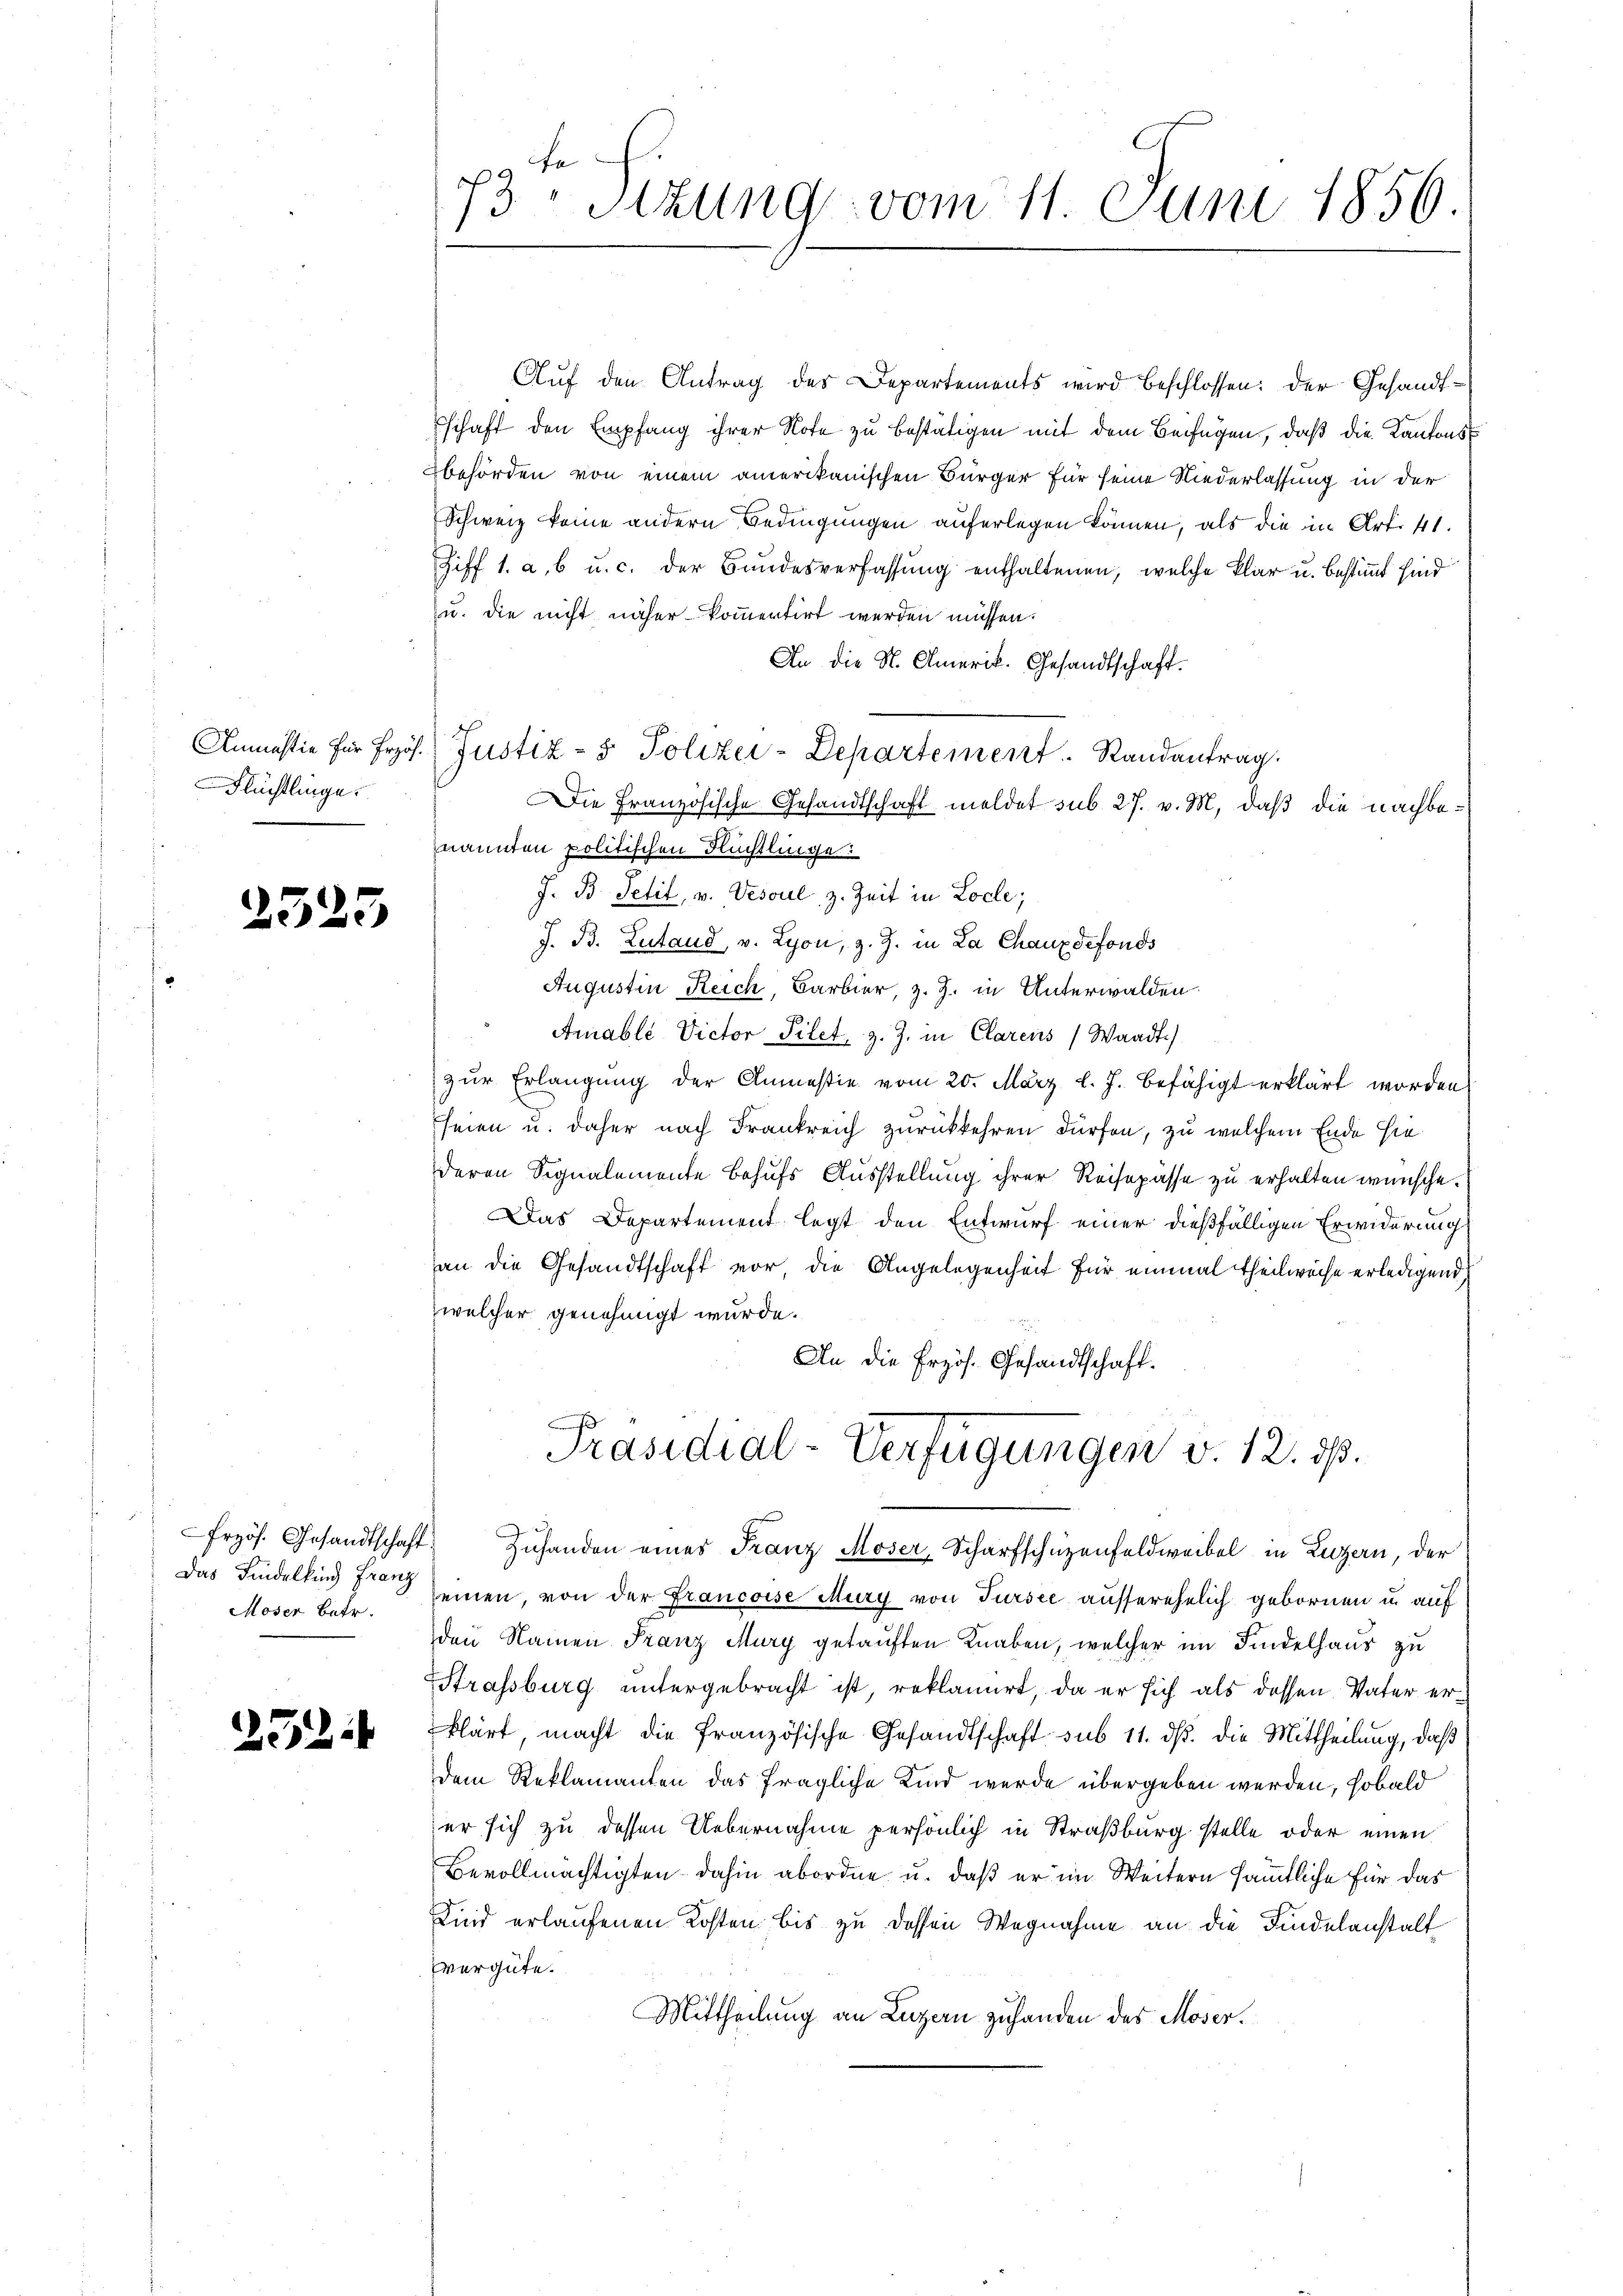
Flüchtlinge.

2525

Das Findelkind Franz
Moser Betr.

252

N 2
3 Stzung vom 11. Juni 1856.

Auf den Antrag des Departements wird beschlossen: der Gesandtschaft den Empfang ihrer Note zu bestätigen mit dem Beifügen, daß die Kantonsbehörden von einem amerikanischen Bürger für seine Niederlassung in der
Schweiz keine andern Bedingungen auferlegen können, als die in Art. 41.
Giff 1. a, b u. c. der Bundesverfassung enthaltenen, welche klar u. bestimmt sind
u. die nicht näher kommentirt werden müssen.
An die N. Amerik. Gesandtschaft.
Die Französische Gesandtschaft meldet sub 27. v. M. daß die nachbenannten politischen Rechtliche
J. B. Petit, v. Vesoul, z. Zeit in Locle;
J. B. Lutand, v. Lyon, z. Z. in La Chauxdefonds
Augustin Reich, Barbier, z. Z. in Unterwalden.
Arable Victor Pilet, z. Z. in Clarens (Waadt)
zur Erlangung der Anmasie vom 20. März l. J. befähigt erklärt worden
seien u. daher nach Frankreich zurückkehren dürfen, zu welchem Ende sie
deren Signalemente behufs Ausstellung ihrer Reisepässe zu erhalten wünsche.
Das Departement legt den Entwurf einer dießfälligen Erwiderung
an die Gesandtschaft vor, die Angelegenheit für einmal theilweise erledigend
welcher genehmigt wurde.
An die Erzös. Gesandtschaft.
Präsidial-Verfügungen v. 12. ds.
.
rzös. Gesandtschaft. Zuhanden eines Franz Moser, Scharfschüzenfeldweibel in Luzern, der
seinen, von der Francoise Mury von Tursee ausserehelich gebornen u. auf
den Namen Franz Mury getauften Knaben, welcher im Findelhaus zu
Strassburg untergebracht ist, reklamirt, da er sich als dessen Vater erklärt, macht die französische Gesandtschaft sub 11. dß. die Mittheilung, daß
dem Reklamanten das fragliche Kind werde übergeben werden, sobald
er sich zu dessen Uebernahme persönlich in Straßburg stelle oder einen
Bevollmächtigten dahin abordne u. daß er im Weitern sämmtliche für das
Kind erlaufenen Kosten bis zu dessen Wegnahme an die Findelanstalt
vergüte.
Mittheilung an Luzern zuhanden des Moser.

Anmastie für froh. Justiz- & Polizei-Departement. Randantrag.